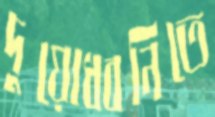
দুয়োধ্বনিতে